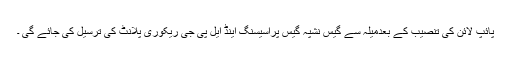
پائپ لائن کی تنصیب کے بعدمیلہ سے گیس نشپہ گیس پراسیسنگ اینڈ ایل پی جی ریکوری پلانٹ کی ترسیل کی جائے گی ۔